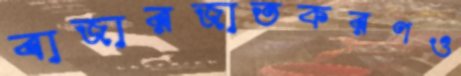
বাজারজাতকরণও